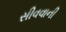
સીવવાની